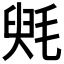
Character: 𣮵